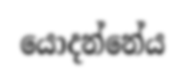
යොදන්නේය